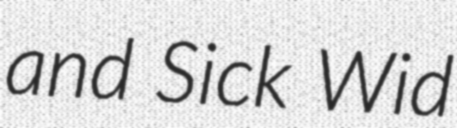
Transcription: and Sick Wid